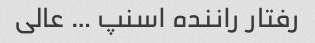
رفتار راننده اسنپ … عالی